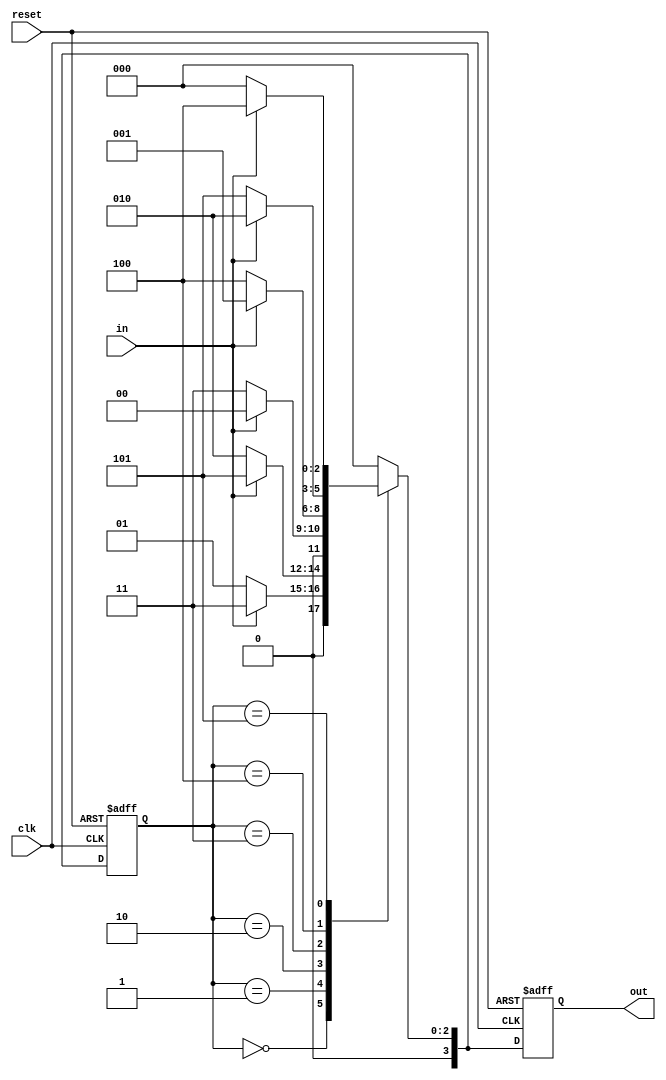
module MealyMachine(clk, in, reset, out);
input in, reset, clk;
output reg [3:0] out;
reg [3:0] state, next_state;
always@(*)begin
	case(state)
		4'd0 : next_state = (in) ? 4'd3 : 4'd1;
		4'd1 : next_state = (in) ? 4'd5 : 4'd2;
		4'd2 : next_state = (in) ? 4'd0 : 4'd3;
 		4'd3 : next_state = (in) ? 4'd1 : 4'd4;
		4'd4 : next_state = (in) ? 4'd2 : 4'd5;
		4'd5 : next_state = (in) ? 4'd4 : 4'd0;
		default : next_state = 4'd0;
	endcase
end
always@(posedge clk or negedge reset)begin
	if(!reset)begin
		state = 4'd0;
		out = 4'd0;
	end
	else begin
		state = next_state;
		out = state;
	end
end
endmodule